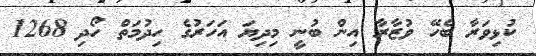
ކުޅިވަރާ ބެހޭ ވުޒާރާ އިން ބުނީ މިދިޔަ އަހަރުގެ ހިދުމަތް ހޯދި 1268